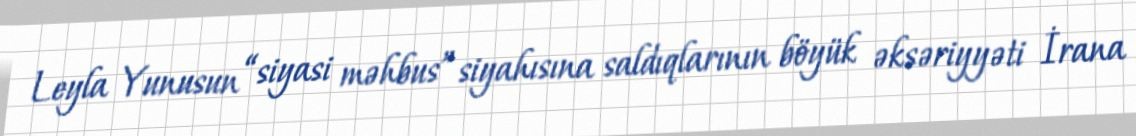
Leyla Yunusun “siyasi məhbus” siyahısına saldıqlarının böyük əksəriyyəti İrana